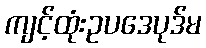
ကျင့်ထုံးဥပဒေပုဒ်မ